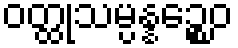
ဝတ္ထုသမ္ပန္နဉ္စေဝ